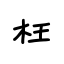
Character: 枉